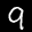
Label: 9